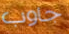
جاوب